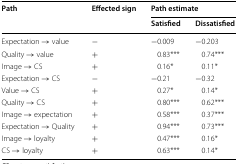
<table><thead><tr><td rowspan="2"><b>Path</b></td><td rowspan="2"><b>Effected sign</b></td><td colspan="2"><b>Path estimate</b></td></tr><tr><td><b>Satisfied</b></td><td><b>Dissatisfied</b></td></tr></thead><tbody><tr><td>Expectation → value</td><td>−</td><td>−0.009</td><td>−0.203</td></tr><tr><td>Quality → value</td><td>+</td><td>0.83***</td><td>0.74***</td></tr><tr><td>Image → CS</td><td>+</td><td>0.16*</td><td>0.11*</td></tr><tr><td>Expectation → CS</td><td>−</td><td>−0.21</td><td>−0.32</td></tr><tr><td>Value → CS</td><td>+</td><td>0.27*</td><td>0.14*</td></tr><tr><td>Quality → CS</td><td>+</td><td>0.80***</td><td>0.62***</td></tr><tr><td>Image → expectation</td><td>+</td><td>0.58***</td><td>0.37***</td></tr><tr><td>Expectation → Quality</td><td>+</td><td>0.94***</td><td>0.73***</td></tr><tr><td>Image → loyalty</td><td>+</td><td>0.47***</td><td>0.16*</td></tr><tr><td>CS → loyalty</td><td>+</td><td>0.63***</td><td>0.14*</td></tr></tbody></table>